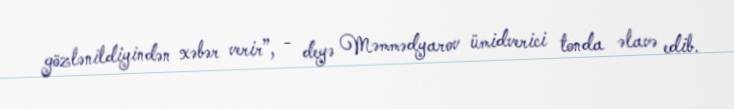
gözlənildiyindən xəbər verir”, - deyə Məmmədyarov ümidverici tonda əlavə edib.